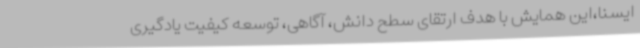
ایسنا،این همایش با هدف ارتقای سطح دانش، آگاهی، توسعه کیفیت یادگیری